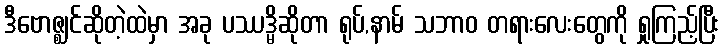
ဒီဗောဇ္ဈင်ဆိုတဲ့ထဲမှာ အခု ပဿဒ္မိဆိုတာ ရုပ်,နာမ် သဘာဝ တရားလေးတွေကို ရှုကြည့်ပြီး